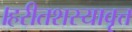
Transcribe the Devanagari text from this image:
।हरीतशस्यावृत्त